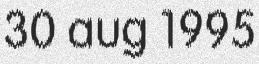
30 aug 1995